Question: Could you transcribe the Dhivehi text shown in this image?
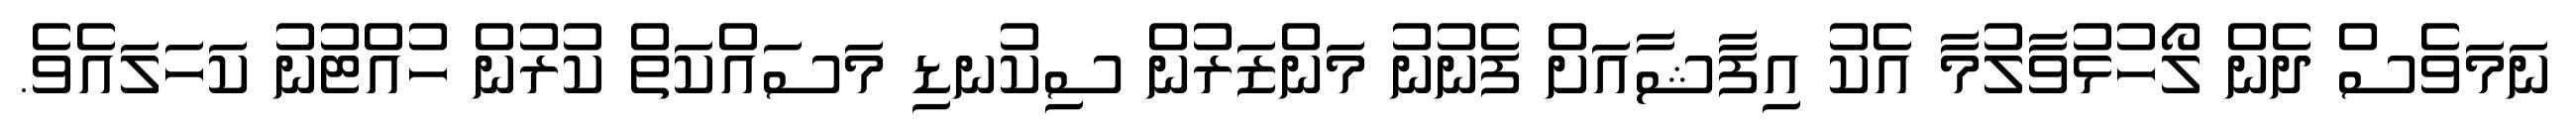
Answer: ނަމަވެސް ދެން ލޯހުޅުވާލުމާ އެކު އިފާޝާއަށް ފެނުނު މަންޒަރުން ސިކުނޑި މަސައްކަތް ކުރުން ހުއްޓުނު ކަހަލައެވެ.